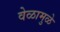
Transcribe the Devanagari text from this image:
वेळामुळे